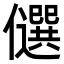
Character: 𠐯